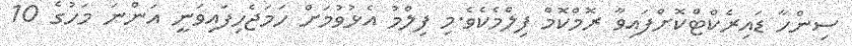
ސިންހާ ޑައިރެކްޓްކޮށްފައިވާ ރޮމްކޮމް ފިލްމެކެވެ.މި ފިލްމު އެޅުވުމަށް ހަމަޖެހިފައިވަނީ އަންނަ މަހުގެ 10